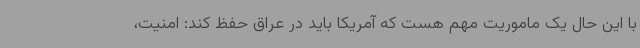
با این حال یک ماموریت مهم هست که آمریکا باید در عراق حفظ کند: امنیت،